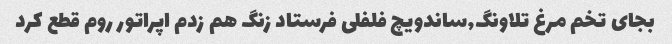
بجای تخم مرغ تلاونگ,ساندویچ فلفلی فرستاد زنگ هم زدم اپراتور روم قطع کرد